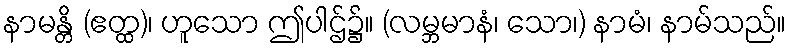
နာမန္တိ (ဧတ္ထ)၊ ဟူသော ဤပါဌ်၌။ (လမ္ဘမာနံ၊ သော၊) နာမံ၊ နာမ်သည်။